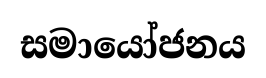
සමායෝජනය